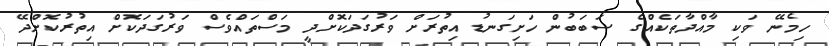
ހިމެނޭ ވަކި މާއްދާތަކެއްގެ ސަބަބުން ހަށިގަނޑު އިތުރަށް ވަރުގަދަކޮށްދީ މަސްތައްވެސް ވަރުގަދަކޮށް އިތުރުކޮށްދޭ